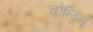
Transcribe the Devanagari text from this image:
चोलिम